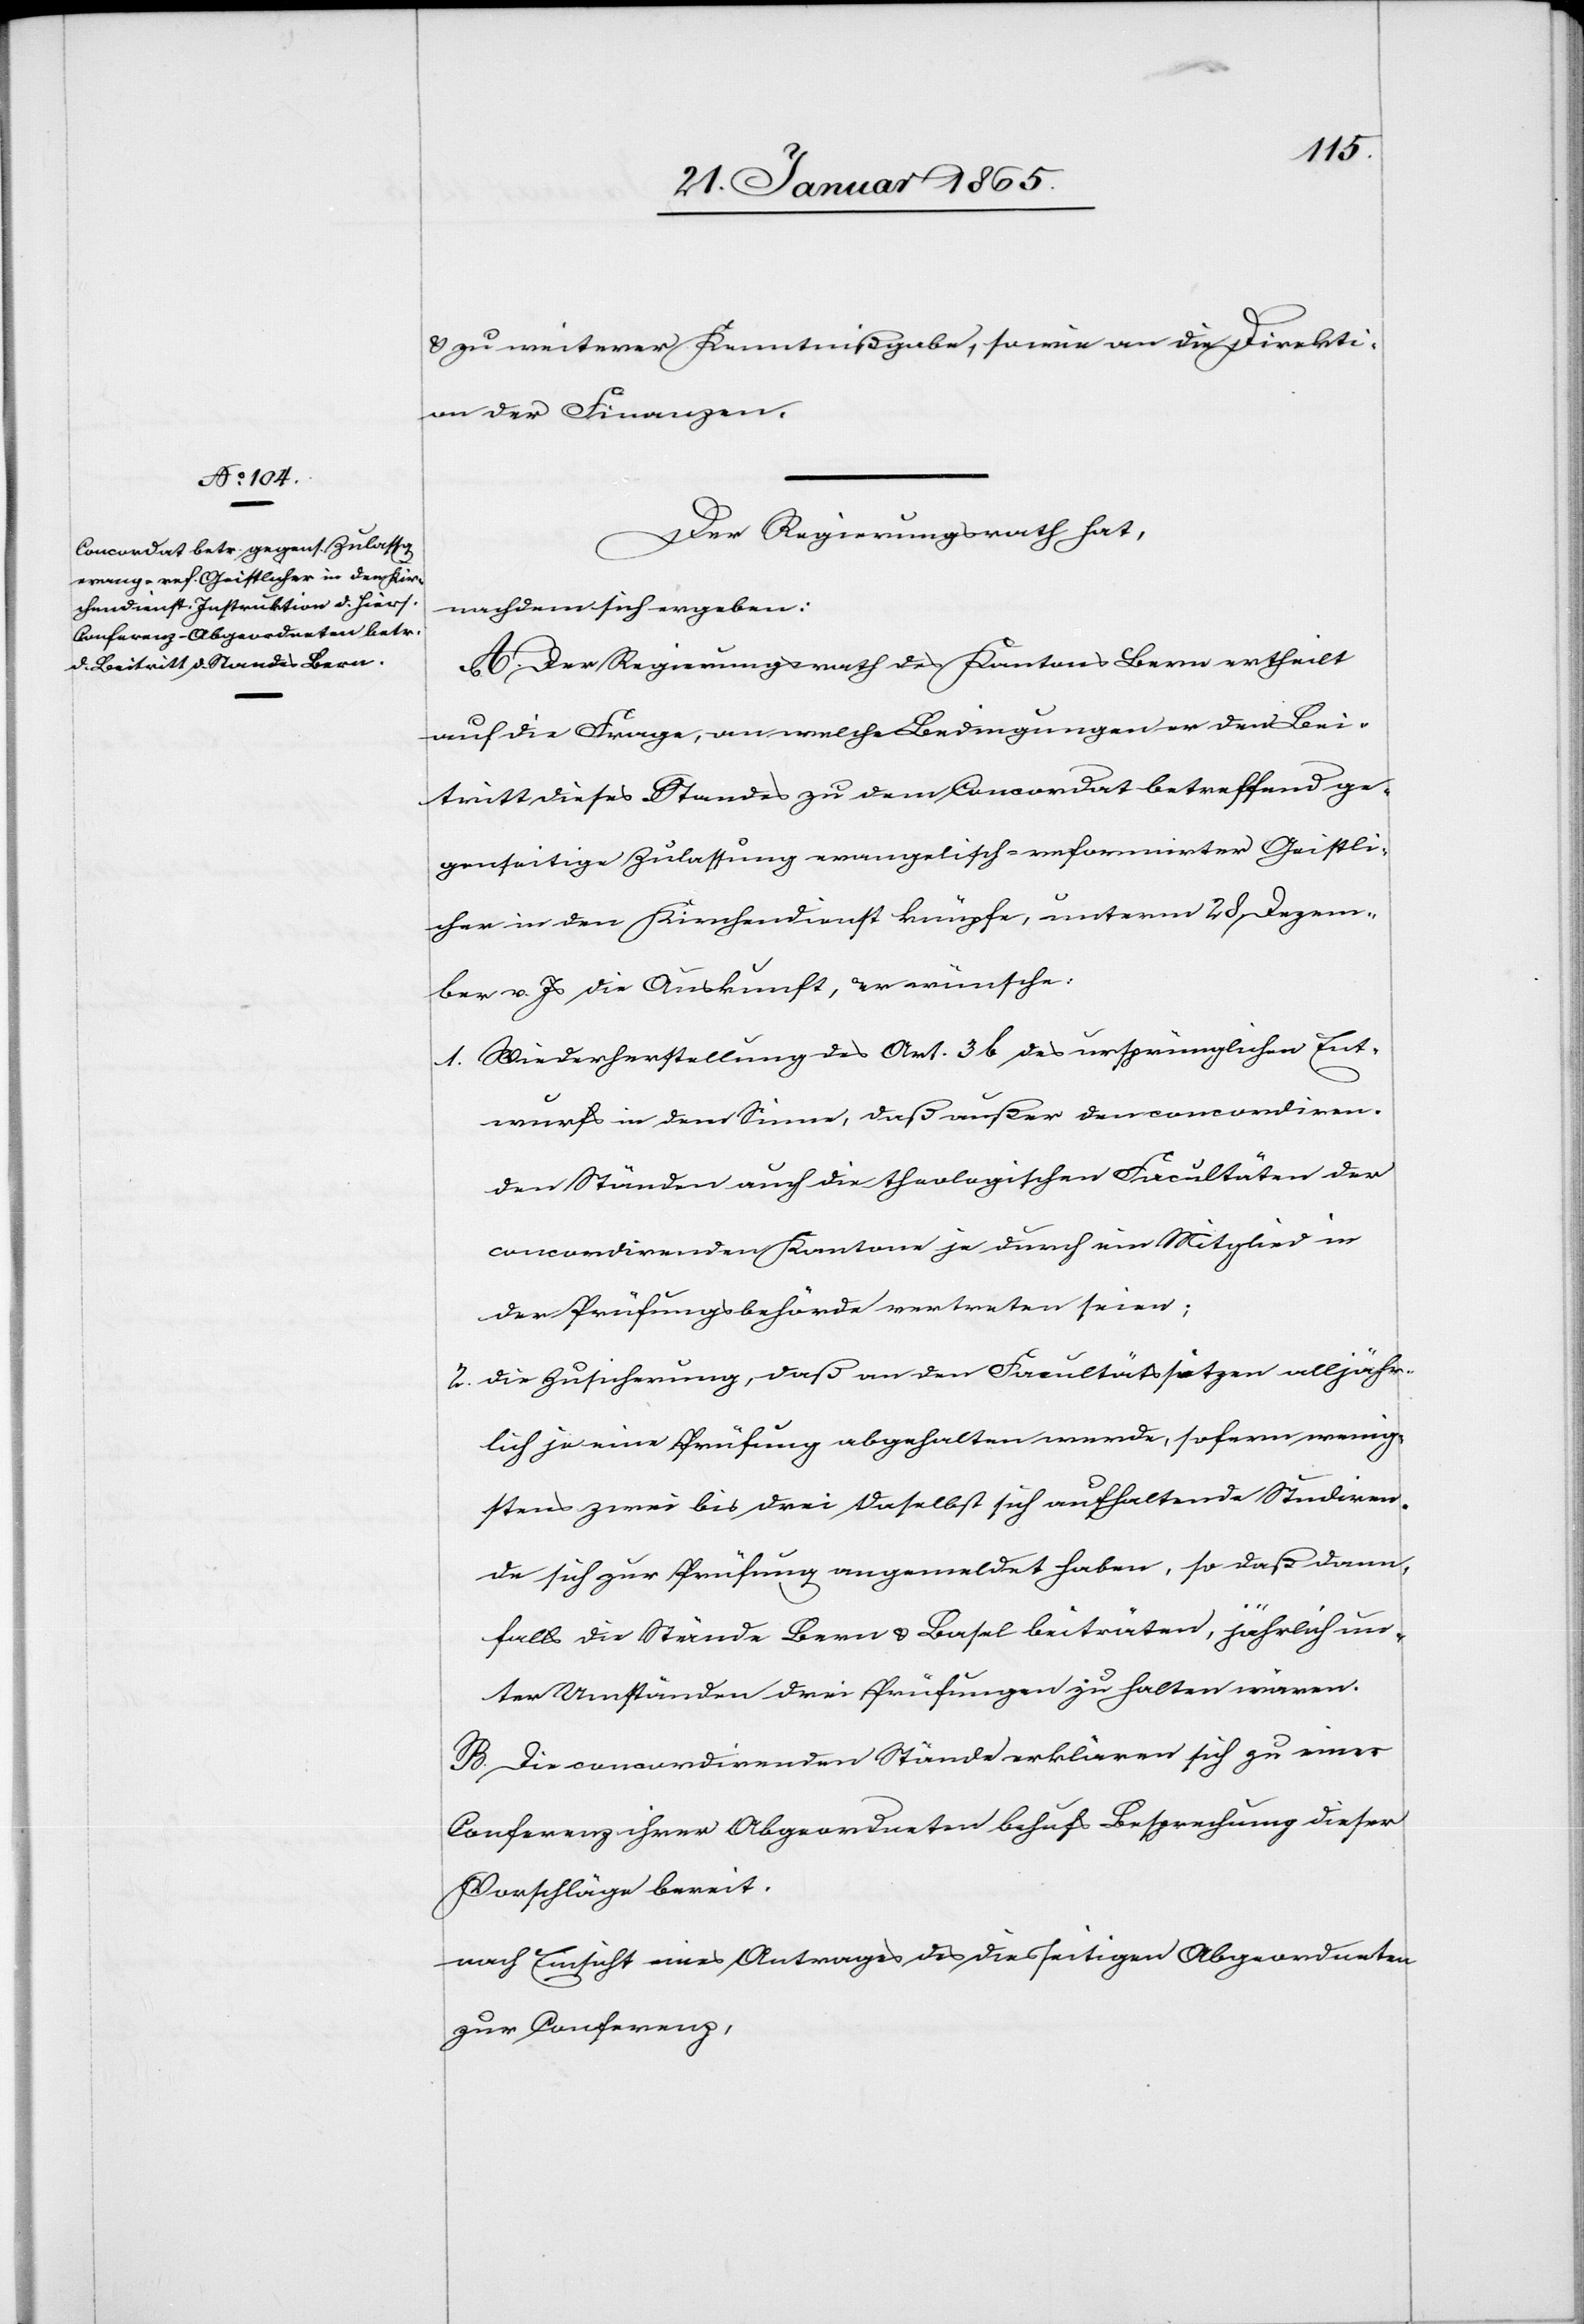
u. zu weiterer Kenntnißgabe, sowie an die Direkti¬
on der Finanzen.
Der Regierungsrath hat,
nachdem sich ergeben:
A. Der Regierungsrath des Kantons Bern ertheilt
auf die Frage, an welche Bedingungen er den Bei¬
tritt dieses Standes zu dem Concordat betreffend ge¬
genseitige Zulassung evangelisch-reformirter Geistli¬
cher in den Kirchendienst knüpfe, unterm 28. Dezem¬
ber v. Js die Auskunft, er wünsche:
1. Wiederherstellung des Art. 3 b des ursprünglichen Ent¬
wurfs in dem Sinne, daß außer den concordiren¬
den Ständen auch die theologischen Facultäten der
concordirenden Kantone je durch ein Mitglied in
der Prüfungsbehörde vertreten seien;
2. Die Zusicherung, daß an den Facultätssitzen alljähr¬
lich je eine Prüfung abgehalten werde, sofern wenig¬
stens zwei bis drei daselbst sich aufhaltende Studiren¬
de sich zur Prüfung angemeldet haben, so daß dann,
falls die Stände Bern u. Basel beiträten, jährlich un¬
ter Umständen drei Prüfungen zu halten wären.
B. Die concordirenden Stände erklären sich zu einer
Conferenz ihrer Abgeordneten behufs Besprechung dieser
Vorschläge bereit.
nach Einsicht eines Antrages des diesseitigen Abgeordneten
zur Conferenz,